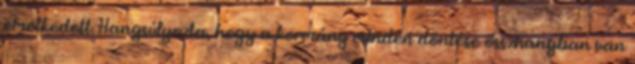
emelkedett. Hangsúlyozta, hogy a kormány minden döntése összhangban van